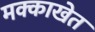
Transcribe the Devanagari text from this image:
मक्काखेत